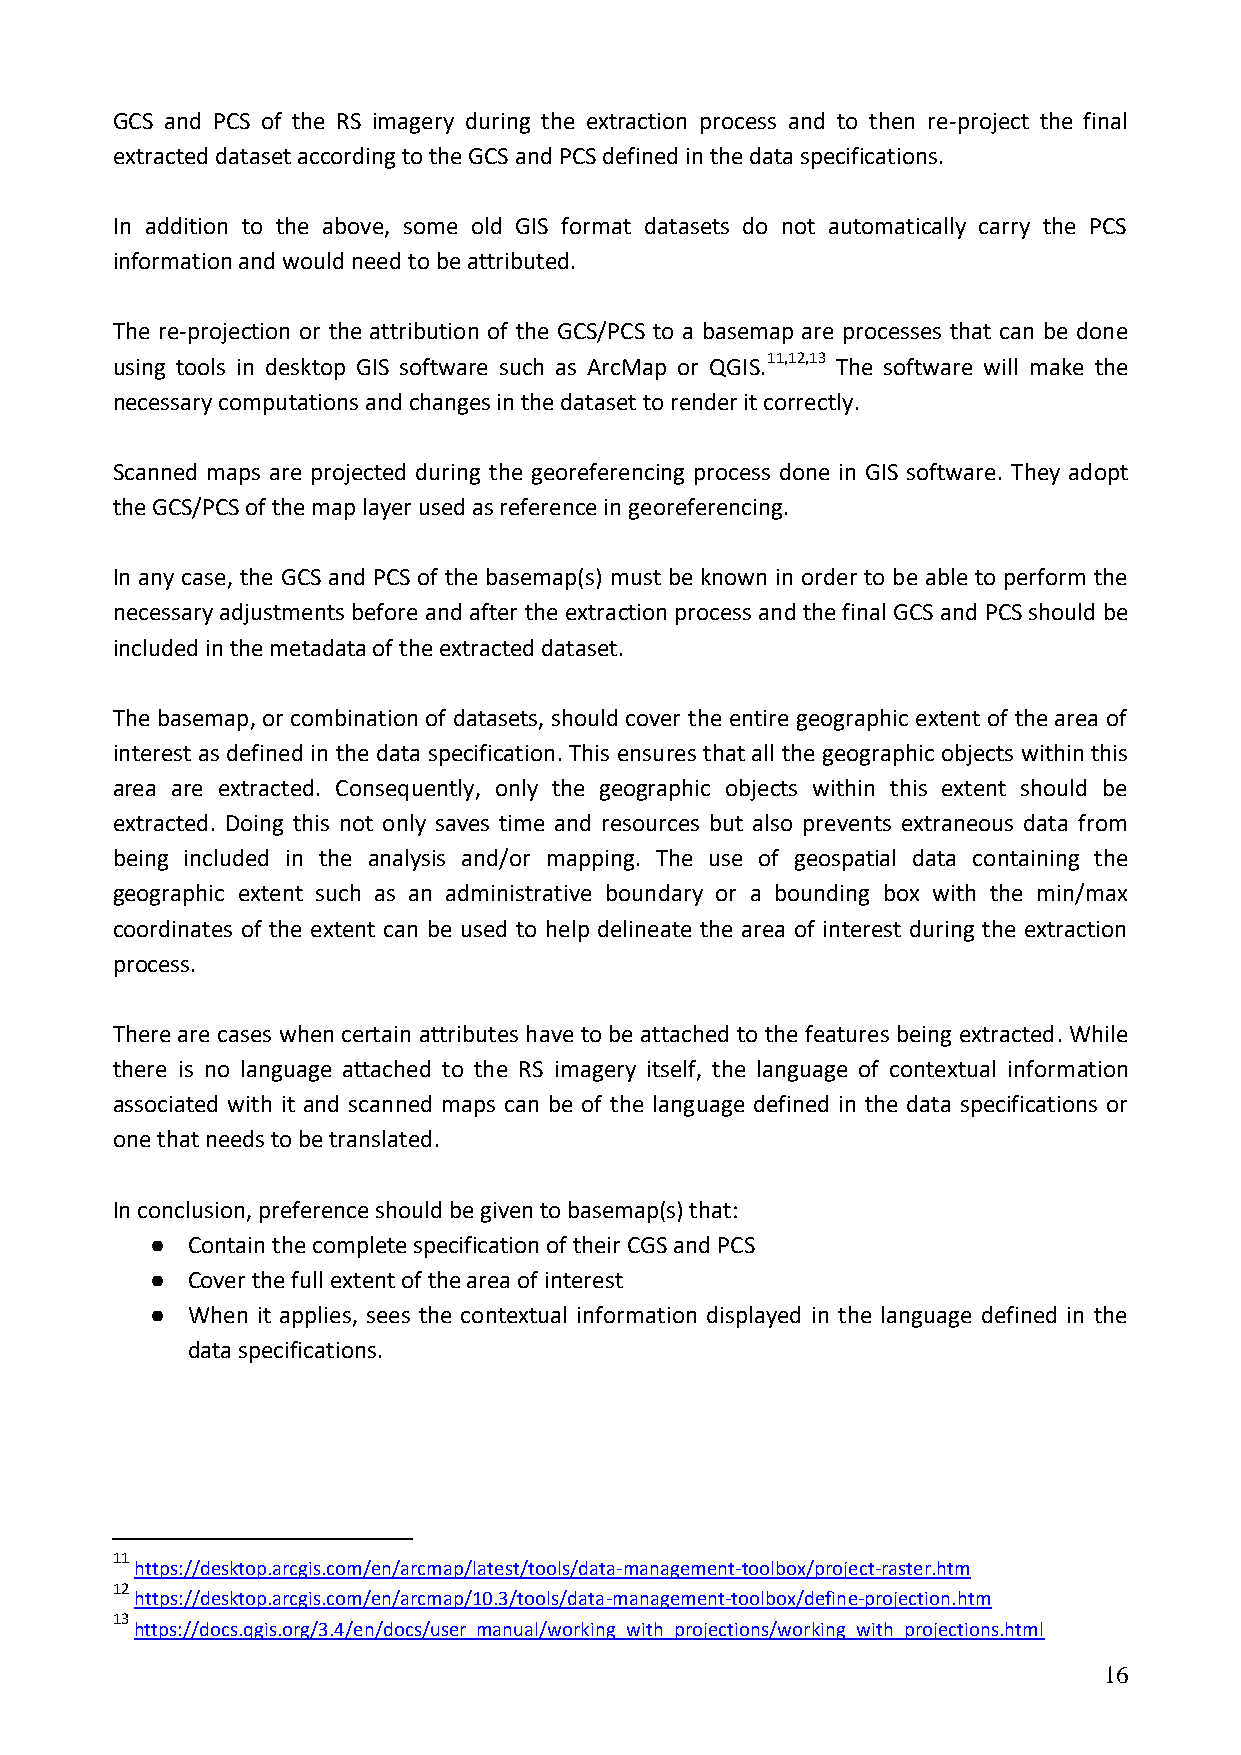
GCS and PCS of the RS imagery during the extraction process and to then re-project the final
 extracted dataset according to the GCS and PCS defined in the data specifications.
 In addition to the above, some old GIS format datasets do not automatically carry the PCS
 information and would need to be attributed.
 The re-projection or the attribution of the GCS/PCS to a basemap are processes that can be done
 using tools in desktop GIS software such as ArcMap or QGIS.11,12,13 The software will make the
 necessary computations and changes in the dataset to render it correctly.
 Scanned maps are projected during the georeferencing process done in GIS software. They adopt
 the GCS/PCS of the map layer used as reference in georeferencing.
 In any case, the GCS and PCS of the basemap(s) must be known in order to be able to perform the
 necessary adjustments before and after the extraction process and the final GCS and PCS should be
 included in the metadata of the extracted dataset.
 The basemap, or combination of datasets, should cover the entire geographic extent of the area of
 interest as defined in the data specification. This ensures that all the geographic objects within this
 area are extracted. Consequently, only the geographic objects within this extent should be
 extracted. Doing this not only saves time and resources but also prevents extraneous data from
 being included in the analysis and/or mapping. The use of geospatial data containing the
 geographic extent such as an administrative boundary or a bounding box with the min/max
 coordinates of the extent can be used to help delineate the area of interest during the extraction
 process.
 There are cases when certain attributes have to be attached to the features being extracted. While
 there is no language attached to the RS imagery itself, the language of contextual information
 associated with it and scanned maps can be of the language defined in the data specifications or
 one that needs to be translated.
 In conclusion, preference should be given to basemap(s) that:
 ● Contain the complete specification of their CGS and PCS
 ● Cover the full extent of the area of interest
 ● When it applies, sees the contextual information displayed in the language defined in the
 data specifications.
 11
 https://desktop.arcgis.com/en/arcmap/latest/tools/data-management-toolbox/project-raster.htm
 12
 https://desktop.arcgis.com/en/arcmap/10.3/tools/data-management-toolbox/define-projection.htm
 13
 https://docs.qgis.org/3.4/en/docs/user_manual/working_with_projections/working_with_projections.html
 16